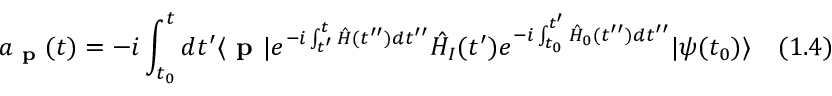
a _ { \textbf { p } } ( t ) = - i \int _ { t _ { 0 } } ^ { t } d t ^ { \prime } \langle { \textbf { p } } | e ^ { - i \int _ { t ^ { \prime } } ^ { t } { \hat { H } } ( t ^ { \prime \prime } ) d t ^ { \prime \prime } } { \hat { H } } _ { I } ( t ^ { \prime } ) e ^ { - i \int _ { t _ { 0 } } ^ { t ^ { \prime } } { \hat { H } } _ { 0 } ( t ^ { \prime \prime } ) d t ^ { \prime \prime } } | { \psi ( t _ { 0 } ) } \rangle \quad ( 1 . 4 )